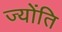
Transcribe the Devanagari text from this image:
ज्योंति